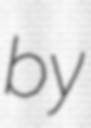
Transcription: by